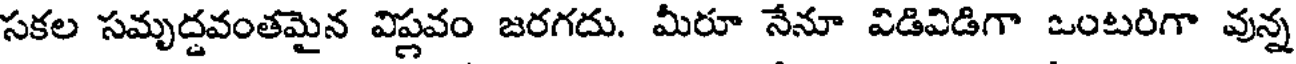
సకల సమృద్దవంతమైన విప్ణవం జరగదు. మీరూ నేనూ విడివిడిగా ఒంటరిగా వున్న